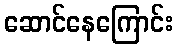
ဆောင်နေကြောင်း